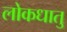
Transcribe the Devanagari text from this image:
लोकधातु